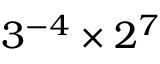
3 ^ { - 4 } \times 2 ^ { 7 }